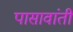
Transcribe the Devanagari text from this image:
पासावांती